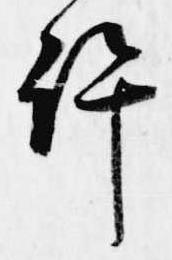
許